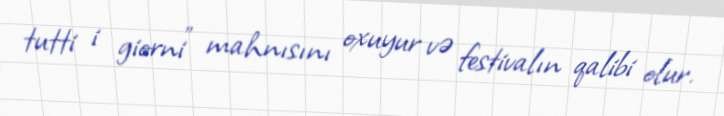
tutti i giorni" mahnısını oxuyur və festivalın qalibi olur.